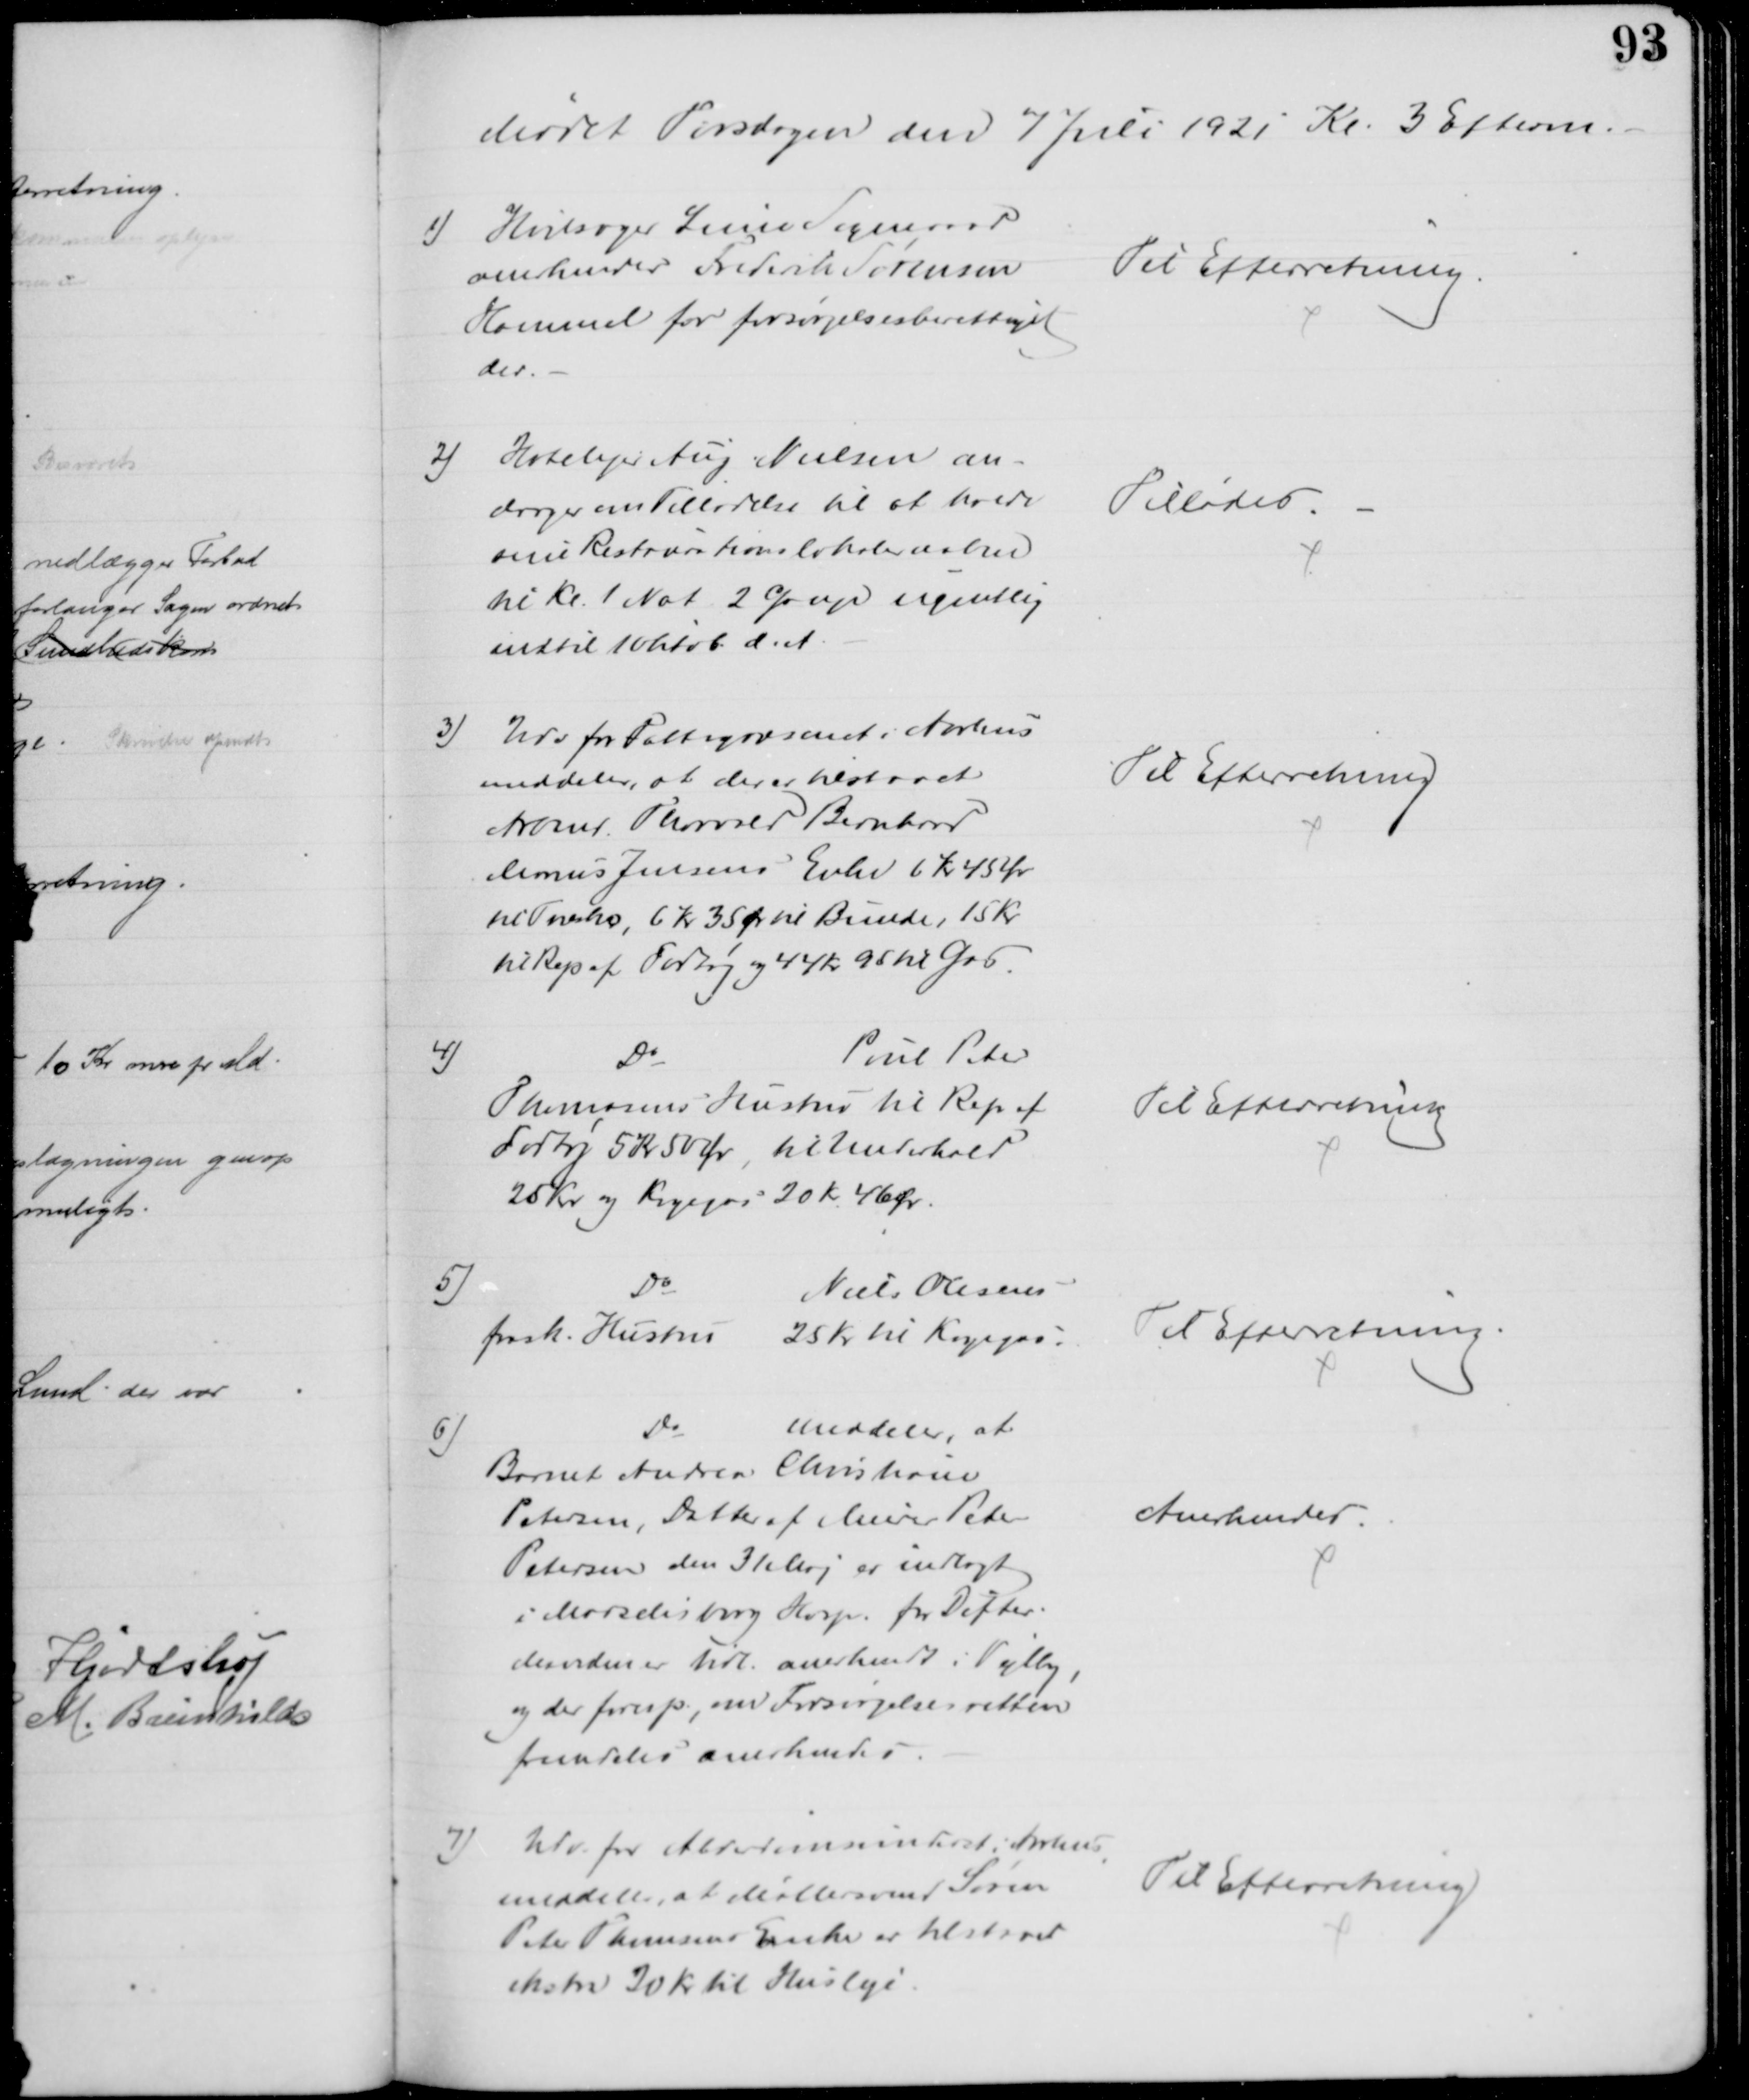
Transskription:
Mødet Tirsdagen den 7 Juli 1921 Kl. 3 Efterm.
1) Hvilsager Lime Sogneraad
anerkender Frederik Sørensen
Hammel for forsørgelsesberettiget
der.
Til Efterretning
2) Hotelejer Aug Nielsen an-
drager om Tilladelse til at holde
sine Restaurationslokaler aabne
til Kl. 1 Nat 2 Gange ugentlig
indtil 1 Oktob. d. A.
Tillodes.
3) Udv for Fattigvæsenet i Aarhus
meddeler, at deres tilstaaet
Arbmd. Thorvald Bernhard
Marius Jensens Enke 6 Kr 45 Ør
til Træsko, 6 Kr 35 Ør til Bunde, 15 Kr
til Rep af Fodtøj og 44 Kr 95 til Gas.
Til Efterretning
4)
Do
Poul Peter
Thomsens Hustru til Rep af
Fodtøj 5 Kr 50 Ør til Underhold
25 Kr og Kogegas 20 Kr 46 Ør.
Til Efterretning
5)
Do
Niels Olesens
frask. Hustru
25 Kr til Kogegas.
Til Efterretning.
6)
Do
meddeler, at
Barnet Andrea Christiane
Petersen, Datter af Murer Peter
Petersen den 31 Maj er indlagt
i Marselisborg Hosp. for Difteri.
Manden er tidl. anerkendt i Vejlby,
og der foresp., om Forsørgelsesretten
fremdeles anerkendes
Anerkendes
2) Udv. for Alderdomsunderst i Aarhus
meddeler, at Møllersvend Søren
Peter Thomsens Enke er tilstaaet
ekstra 30 Kr til Husleje
Til Efterretning